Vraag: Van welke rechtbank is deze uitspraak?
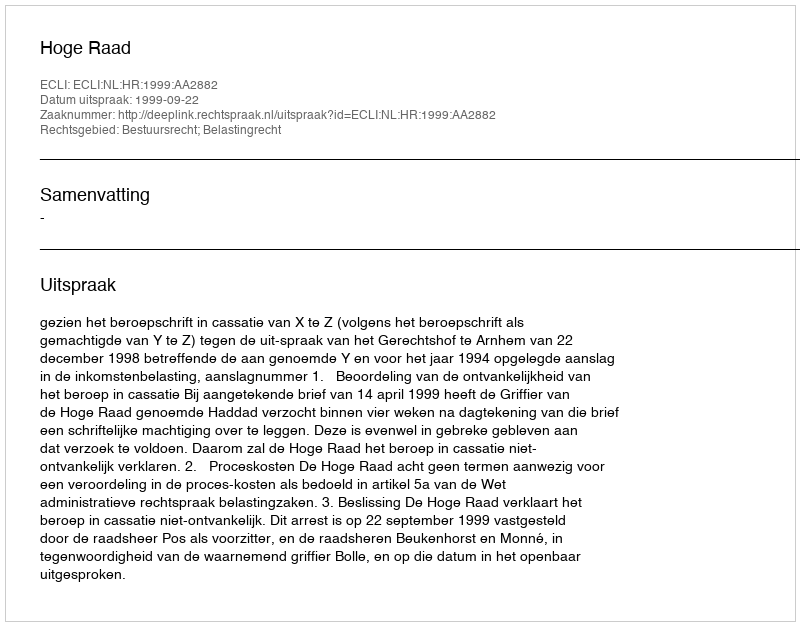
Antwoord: Hoge Raad